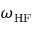
\omega _ { \mathrm { H F } }